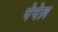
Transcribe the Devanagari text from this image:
पेपेज़